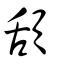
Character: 頢